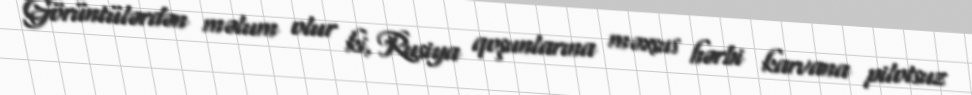
Görüntülərdən məlum olur ki, Rusiya qoşunlarına məxsus hərbi karvana pilotsuz